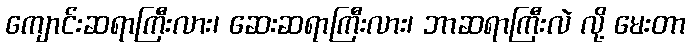
ကျောင်းဆရာကြီးလား၊ ဆေးဆရာကြီးလား၊ ဘာဆရာကြီးလဲ လို့ မေးတာ